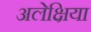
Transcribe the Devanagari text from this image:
अलेक्षिया